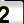
Digit: 2